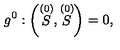
g ^ { 0 } : \left( \stackrel { ( 0 ) } { S } , \stackrel { ( 0 ) } { S } \right) = 0 ,